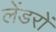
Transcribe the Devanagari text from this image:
लेंडरों